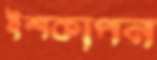
ইশকাপন